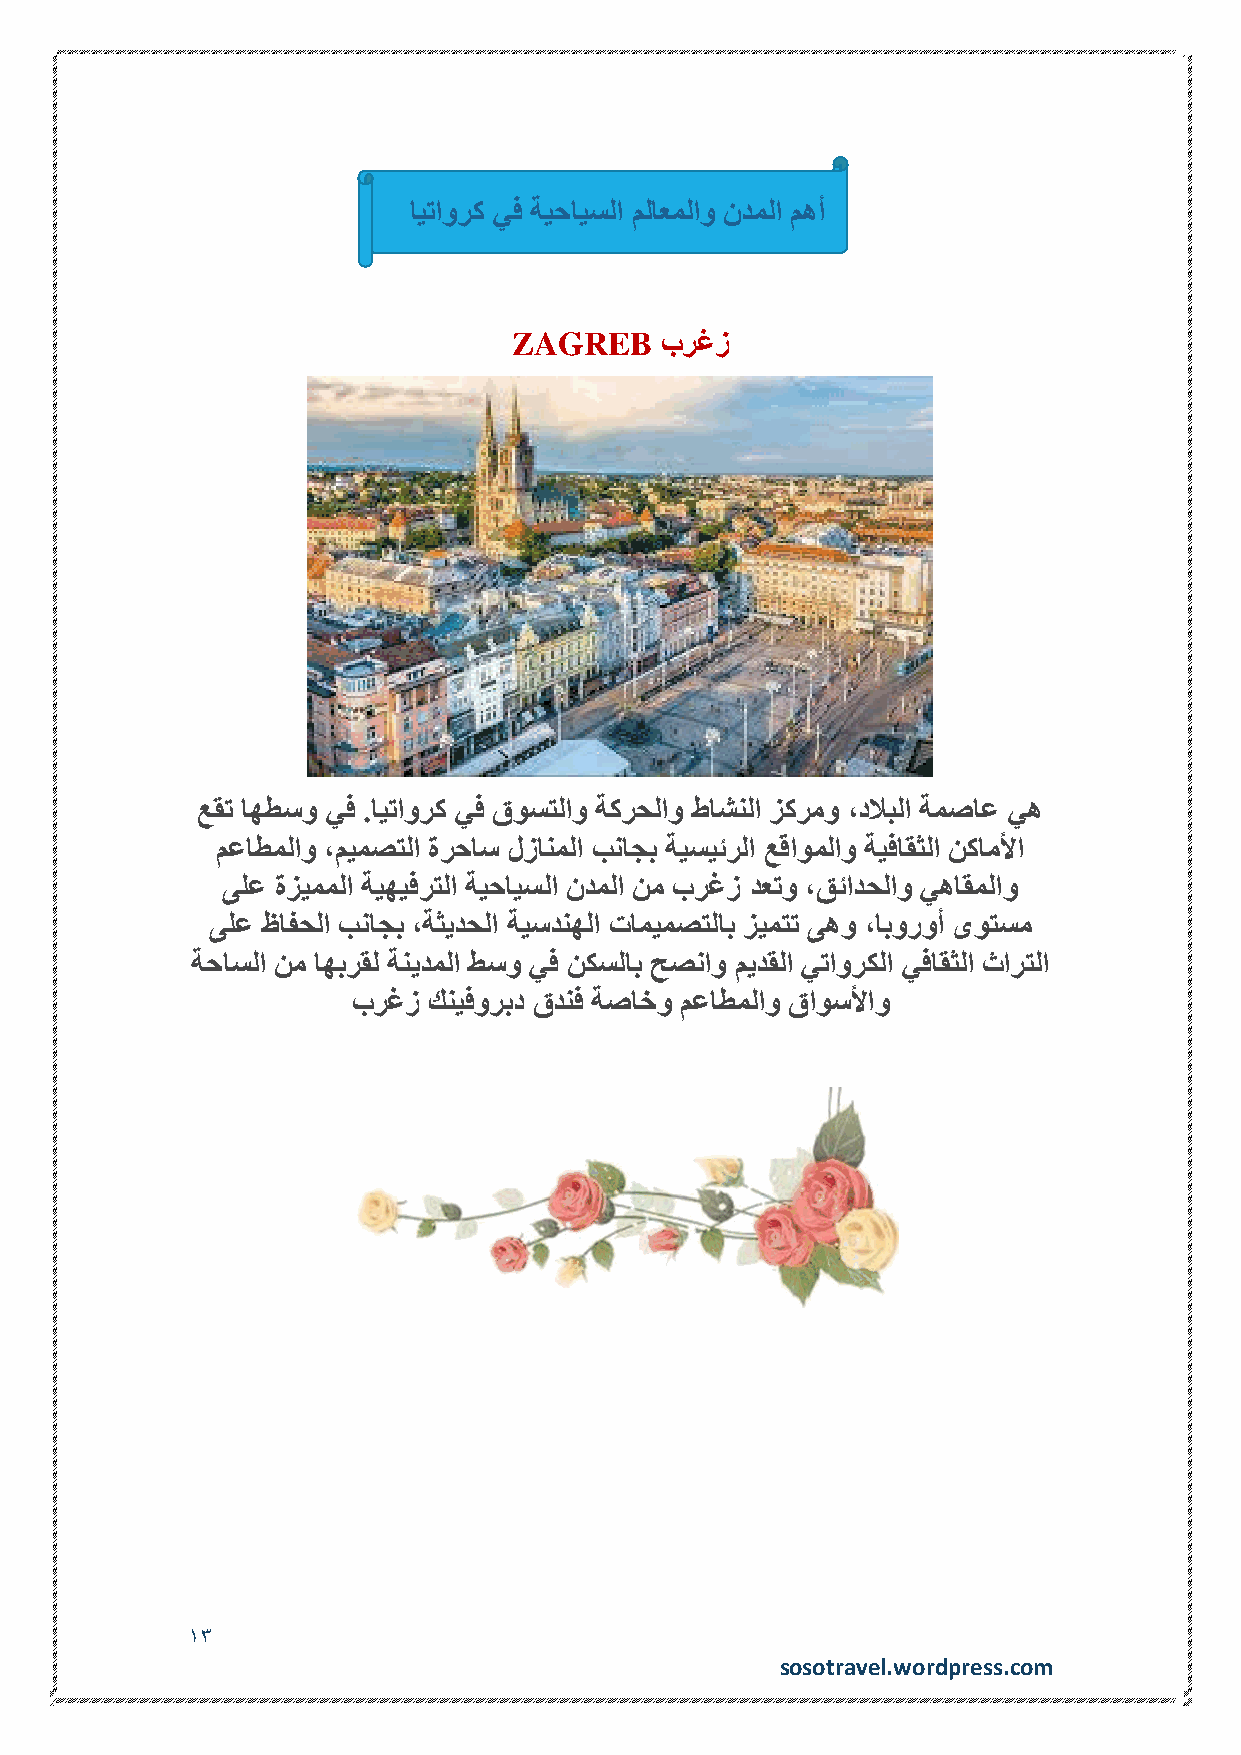
ايتاورك يف ةيحايسلا ملاعملاو ندملا مهأ
 ZAGREB    برغز
 عقت اهطسو يف .ايتاورك يف قوستلاو ةكرحلاو طاشنلا زكرمو ،دلابلا ةمصاع يه
 معاطملاو ،ميمصتلا ةرحاس لزانملا بناجب ةيسيئرلا عقاوملاو ةيفاقثلا نكاملأا
 ىلع ةزيمملا ةيهيفرتلا ةيحايسلا ندملا نم برغز دعتو ،قئادحلاو يهاقملاو
 ىلع ظافحلا بناجب ،ةثيدحلا ةيسدنهلا تاميمصتلاب زيمتت ىهو ،ابوروأ ىوتسم
 ةحاسلا نم اهبرقل ةنيدملا طسو يف نكسلاب حصناو ميدقلا يتاوركلا يفاقثلا ثارتلا
 برغز كنيفوربد قدنف ةصاخو معاطملاو قاوسلأاو
 13
 sosotravel.wordpress.com